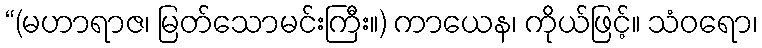
“(မဟာရာဇ၊ မြတ်သောမင်းကြီး။) ကာယေန၊ ကိုယ်ဖြင့်။ သံဝရော၊